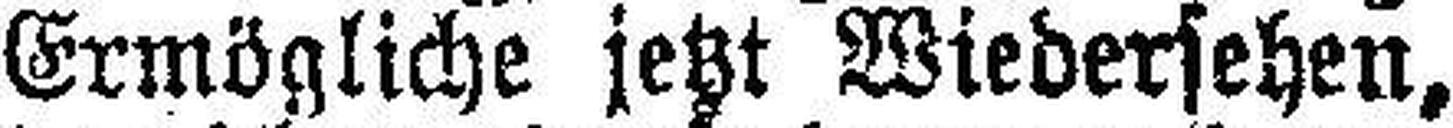
Ermögliche jetzt Wiedersehen,